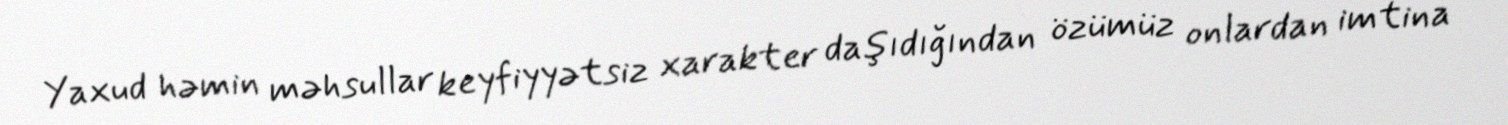
Yaxud həmin məhsullar keyfiyyətsiz xarakter daşıdığından özümüz onlardan imtina